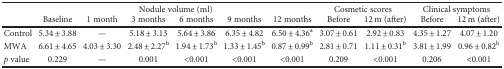
<table><thead><tr><td></td><td colspan="6"><b>Nodule volume (ml)</b></td><td colspan="2"><b>Cosmetic scores</b></td><td colspan="2"><b>Clinical symptoms</b></td></tr><tr><td></td><td><b>Baseline</b></td><td><b>1 month</b></td><td><b>3 months</b></td><td><b>6 months</b></td><td><b>9 months</b></td><td><b>12 months</b></td><td><b>Before</b></td><td><b>12 m (after)</b></td><td><b>Before</b></td><td><b>12 m (after)</b></td></tr></thead><tbody><tr><td>Control</td><td>5.34 ± 3.88</td><td>—</td><td>5.18 ± 3.13</td><td>5.64 ± 3.86</td><td>6.35 ± 4.82</td><td>6.50 ± 4.36<sup>a</sup></td><td>3.07 ± 0.61</td><td>2.92 ± 0.83</td><td>4.35 ± 1.27</td><td>4.07 ± 1.20</td></tr><tr><td>MWA</td><td>6.61 ± 4.65</td><td>4.03 ± 3.30</td><td>2.48 ± 2.27<sup>b</sup></td><td>1.94 ± 1.73<sup>b</sup></td><td>1.33 ± 1.45<sup>b</sup></td><td>0.87 ± 0.99<sup>b</sup></td><td>2.81 ± 0.71</td><td>1.11 ± 0.31<sup>b</sup></td><td>3.81 ± 1.99</td><td>0.96 ± 0.82<sup>b</sup></td></tr><tr><td><i>p</i> value</td><td>0.229</td><td>—</td><td>0.001</td><td>&lt;0.001</td><td>&lt;0.001</td><td>&lt;0.001</td><td>0.209</td><td>&lt;0.001</td><td>0.206</td><td>&lt;0.001</td></tr></tbody></table>